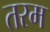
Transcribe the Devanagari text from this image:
तरम